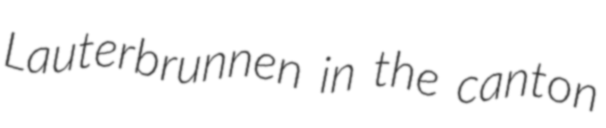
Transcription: Lauterbrunnen in the canton